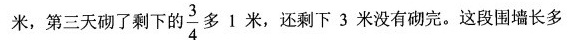
米，第三天砌了剩下的\frac{3}{4}多1米，还剩下3米没有砌完。这段围墙长多